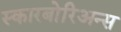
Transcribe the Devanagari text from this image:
स्कारबोरिअन्स